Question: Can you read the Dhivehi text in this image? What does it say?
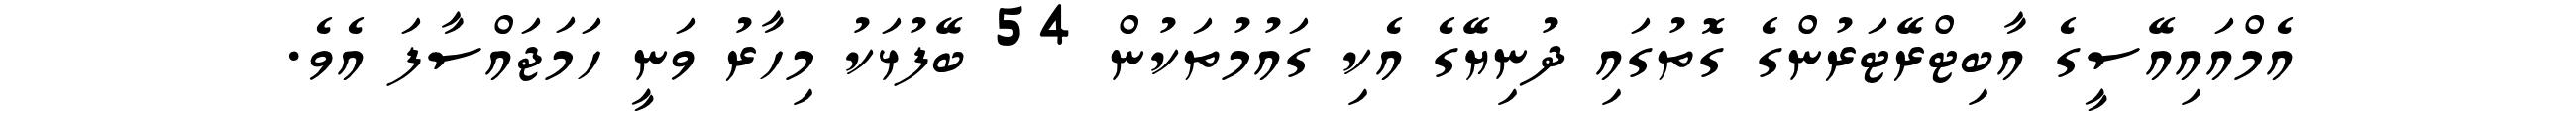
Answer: އެމްއައިއޭސީގެ އާބިޓްރޭޓަރުންގެ ގޮތުގައި ދުނިޔޭގެ އެކި ގައުމުތަކުން 54 ބޭފުޅަކު މިހާރު ވަނީ ހަމަޖައްސާފަ އެވެ.